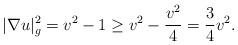
LaTeX: \begin{align*}|\nabla u|_g^2=v^2-1\ge v^2 - \frac{v^2}{4}= \frac{3}{4}v^2.\end{align*}